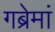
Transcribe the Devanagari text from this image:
गब्रेमां